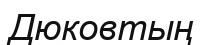
Дюковтың